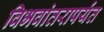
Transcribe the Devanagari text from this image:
विभवांतरापर्यंत